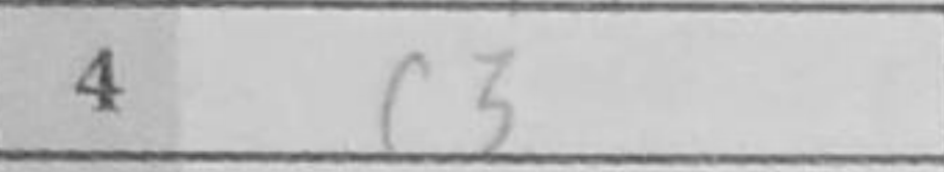
Transcription: c3